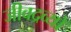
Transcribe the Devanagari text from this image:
जीवद्रव्यों